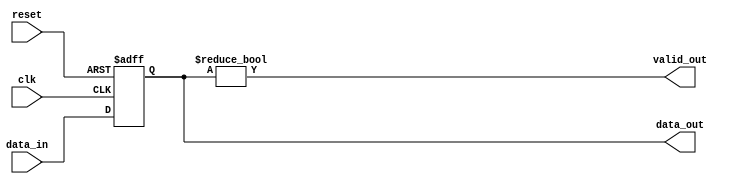
module io_buffers (
    input wire [7:0] data_in,      // Incoming data
    output wire [7:0] data_out,    // Outgoing data
    input wire clk,                 // Clock signal
    input wire reset,               // Reset signal
    output wire valid_out           // Output valid signal
);
    reg [7:0] buffer;
    
    always @(posedge clk or posedge reset) begin
        if (reset) begin
            buffer <= 8'b0;
        end else begin
            buffer <= data_in; // Capture incoming data
        end
    end
    
    assign data_out = buffer;
    assign valid_out = (buffer != 8'b0);
endmodule